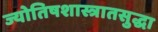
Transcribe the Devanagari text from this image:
ज्योतिषशास्त्रातसुद्धा